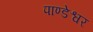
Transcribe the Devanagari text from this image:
पाण्डेश्वर